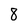
Character: 8